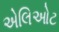
એલિઓટ